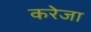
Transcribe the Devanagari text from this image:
करेजा